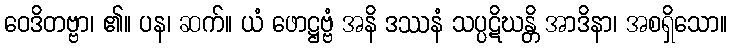
ဝေဒိတဗ္ဗာ၊ ၏။ ပန၊ ဆက်။ ယံ ဖောဋ္ဌဗ္ဗံ အနိ ဒဿနံ သပ္ပဋိဃန္တိ အာဒိနာ၊ အစရှိသော။